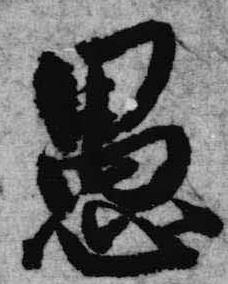
愚